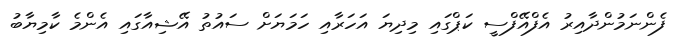
ފެންނަމުންދާއިރު އެފްއޭފްސީ ކަޕްގައި މިދިޔަ އަހަރާއި ހަމަޔަށް ސައުތު އޭޝިއާގައި އެންމެ ކާމިޔާބު